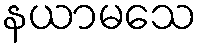
နယာမသေ